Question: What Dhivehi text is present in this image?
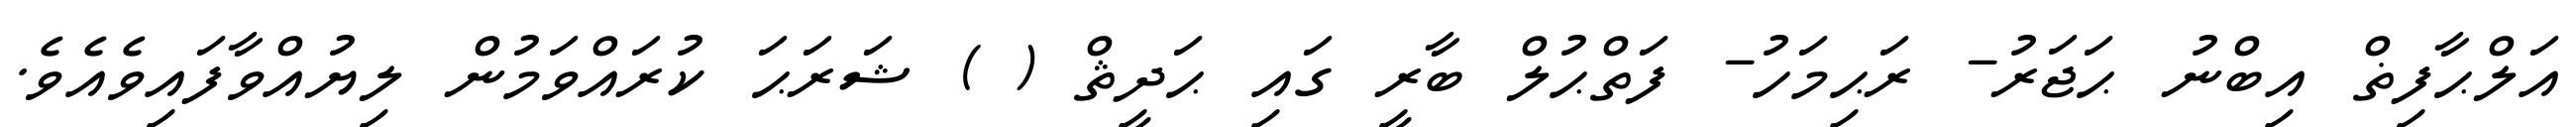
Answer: އަލްޙާފިޡް އިބްނު ޙަޖަރު- ރަޙިމަހު- ފަތްޙުލް ބާރީ ގައި ޙަދީޘް ( ) ޝަރަޙަ ކުރައްވަމުން ލިޔުއްވާފައިވެއެވެ.